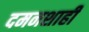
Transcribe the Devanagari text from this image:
दमनशाही